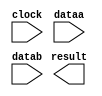
// megafunction wizard: %ALTFP_ADD_SUB%VBB%
// GENERATION: STANDARD
// VERSION: WM1.0
// MODULE: altfp_add_sub 

// ============================================================
// Megafunction Name(s):
// 			altfp_add_sub
//
// Simulation Library Files(s):
// 			lpm
// ============================================================
// ************************************************************
// THIS IS A WIZARD-GENERATED FILE. DO NOT EDIT THIS FILE!
//
// 13.1.0 Build 162 10/23/2013 SJ Full Version
// ************************************************************

//Copyright (C) 1991-2013 Altera Corporation
//Your use of Altera Corporation's design tools, logic functions 
//and other software and tools, and its AMPP partner logic 
//functions, and any output files from any of the foregoing 
//(including device programming or simulation files), and any 
//associated documentation or information are expressly subject 
//to the terms and conditions of the Altera Program License 
//Subscription Agreement, Altera MegaCore Function License 
//Agreement, or other applicable license agreement, including, 
//without limitation, that your use is for the sole purpose of 
//programming logic devices manufactured by Altera and sold by 
//Altera or its authorized distributors.  Please refer to the 
//applicable agreement for further details.

module altfp_add_sub0 (
	clock,
	dataa,
	datab,
	result)/* synthesis synthesis_clearbox = 1 */;

	input	  clock;
	input	[31:0]  dataa;
	input	[31:0]  datab;
	output	[31:0]  result;

endmodule

// ============================================================
// CNX file retrieval info
// ============================================================
// Retrieval info: PRIVATE: FPM_FORMAT NUMERIC "0"
// Retrieval info: PRIVATE: INTENDED_DEVICE_FAMILY STRING "Cyclone III"
// Retrieval info: PRIVATE: SYNTH_WRAPPER_GEN_POSTFIX STRING "0"
// Retrieval info: PRIVATE: WIDTH_DATA NUMERIC "32"
// Retrieval info: LIBRARY: altera_mf altera_mf.altera_mf_components.all
// Retrieval info: CONSTANT: DENORMAL_SUPPORT STRING "NO"
// Retrieval info: CONSTANT: DIRECTION STRING "SUB"
// Retrieval info: CONSTANT: INTENDED_DEVICE_FAMILY STRING "Cyclone III"
// Retrieval info: CONSTANT: OPTIMIZE STRING "SPEED"
// Retrieval info: CONSTANT: PIPELINE NUMERIC "7"
// Retrieval info: CONSTANT: REDUCED_FUNCTIONALITY STRING "NO"
// Retrieval info: CONSTANT: WIDTH_EXP NUMERIC "8"
// Retrieval info: CONSTANT: WIDTH_MAN NUMERIC "23"
// Retrieval info: USED_PORT: clock 0 0 0 0 INPUT NODEFVAL "clock"
// Retrieval info: USED_PORT: dataa 0 0 32 0 INPUT NODEFVAL "dataa[31..0]"
// Retrieval info: USED_PORT: datab 0 0 32 0 INPUT NODEFVAL "datab[31..0]"
// Retrieval info: USED_PORT: result 0 0 32 0 OUTPUT NODEFVAL "result[31..0]"
// Retrieval info: CONNECT: @clock 0 0 0 0 clock 0 0 0 0
// Retrieval info: CONNECT: @dataa 0 0 32 0 dataa 0 0 32 0
// Retrieval info: CONNECT: @datab 0 0 32 0 datab 0 0 32 0
// Retrieval info: CONNECT: result 0 0 32 0 @result 0 0 32 0
// Retrieval info: GEN_FILE: TYPE_NORMAL altfp_add_sub0.v TRUE
// Retrieval info: GEN_FILE: TYPE_NORMAL altfp_add_sub0.inc FALSE
// Retrieval info: GEN_FILE: TYPE_NORMAL altfp_add_sub0.cmp FALSE
// Retrieval info: GEN_FILE: TYPE_NORMAL altfp_add_sub0.bsf TRUE
// Retrieval info: GEN_FILE: TYPE_NORMAL altfp_add_sub0_inst.v FALSE
// Retrieval info: GEN_FILE: TYPE_NORMAL altfp_add_sub0_bb.v TRUE
// Retrieval info: LIB_FILE: lpm